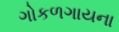
ગોકળગાયના